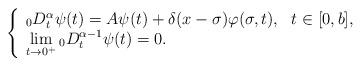
LaTeX: \begin{align*}\left\{\begin{array}{l}_0D^{\alpha}_{t}\psi(t)=A\psi(t)+\delta(x-\sigma)\varphi(\sigma,t),~~ t\in [0,b],\\ \lim\limits_{t\to 0^+}{}_0D^{\alpha-1}_{t}\psi(t)=0.\end{array}\right.\end{align*}